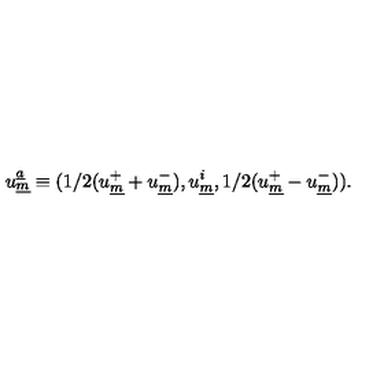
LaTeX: u _ { \underline { { m } } } ^ { \underline { { a } } } \equiv ( 1 / 2 ( u _ { \underline { { m } } } ^ { + } + u _ { \underline { { m } } } ^ { - } ) , u _ { \underline { { m } } } ^ { i } , 1 / 2 ( u _ { \underline { { m } } } ^ { + } - u _ { \underline { { m } } } ^ { - } ) ) .